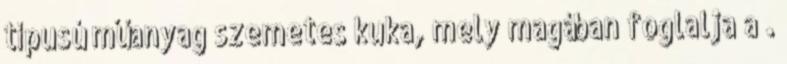
típusú műanyag szemetes kuka, mely magában foglalja a .